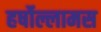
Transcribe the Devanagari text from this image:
हर्षोल्लामस